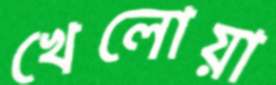
খেলোয়া